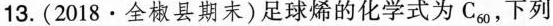
13.(2018·全椒县期末)足球烯的化学式为C_{60}，下列